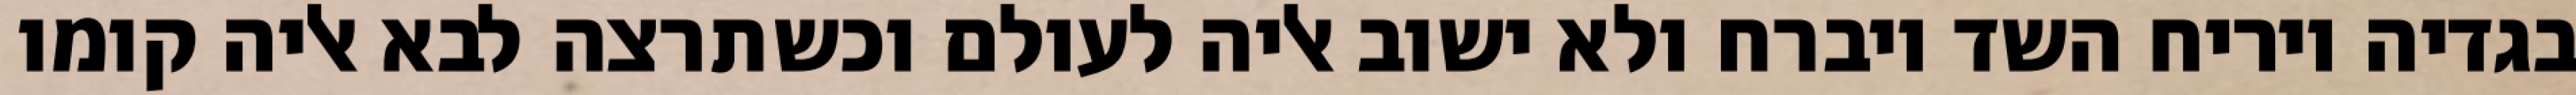
בגדיה ויריח השד ויברח ולא ישוב אליה לעולם וכשתרצה לבא אליה קומו